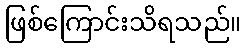
ဖြစ်ကြောင်းသိရသည်။